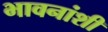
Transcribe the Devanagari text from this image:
भावनांशी